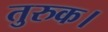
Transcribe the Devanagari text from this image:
तुरुक।